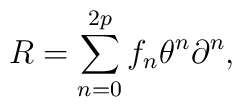
R=\sum_{n=0}^{2p}f_n\theta^n\partial^n,